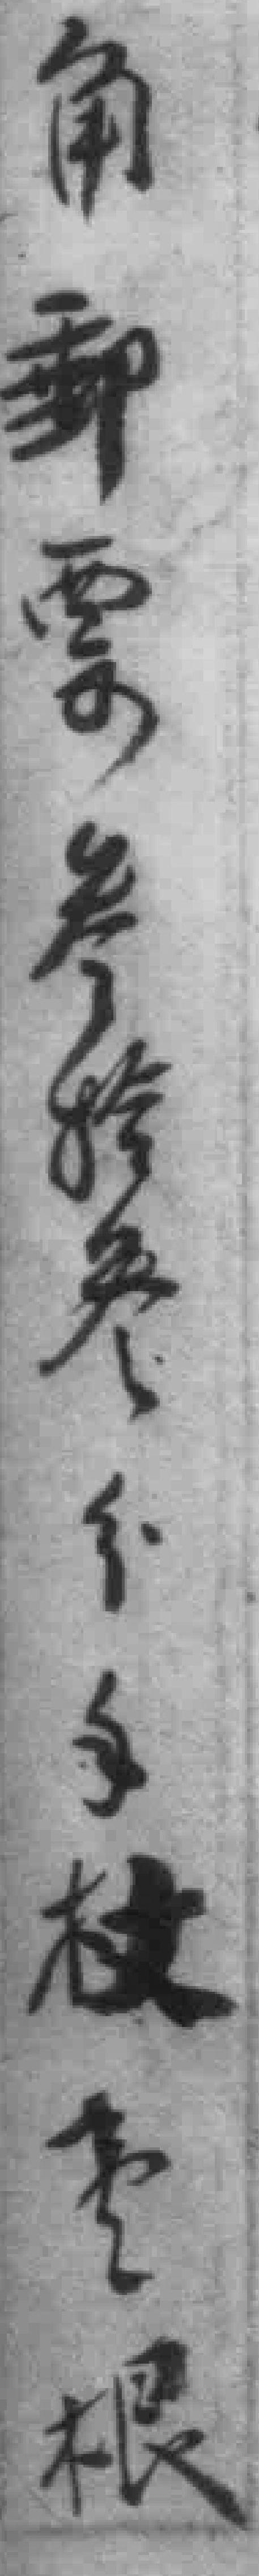
角郵票叁拾叁个*枝*根